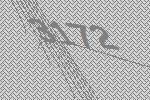
3172